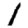
Digit: 1